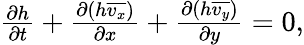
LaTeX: \begin{array}{r}{\frac{\partial h}{\partial t}+\frac{\partial(h\overline{{v_{x}}})}{\partial x}+\frac{\partial(h\overline{{v_{y}}})}{\partial y}=0,}\end{array}